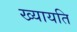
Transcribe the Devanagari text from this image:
ख्यायति